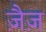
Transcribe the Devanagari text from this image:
ज़ैज़